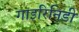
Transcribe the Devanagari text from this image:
गाइरिनिडी